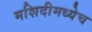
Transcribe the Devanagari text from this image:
मशिदीमध्येच